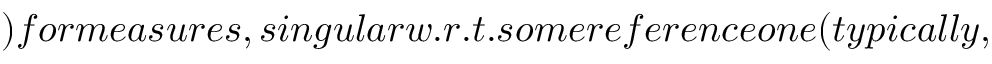
) f o r m e a s u r e s , s i n g u l a r w . r . t . s o m e r e f e r e n c e o n e ( t y p i c a l l y ,